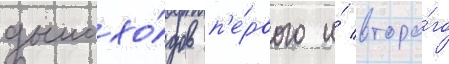
дымохо́дов п'е́рвого и́ второ́го